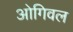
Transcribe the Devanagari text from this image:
ओगिवल